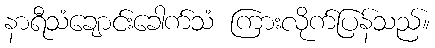
နာရီသံချောင်းခေါက်သံ ကြားလိုက်ပြန်သည်။